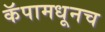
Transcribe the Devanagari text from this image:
कॅपामधूनच